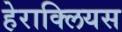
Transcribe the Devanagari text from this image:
हेराक्लियस